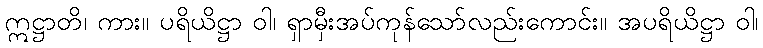
ဣဋ္ဌာတိ၊ ကား။ ပရိယိဋ္ဌာ ဝါ၊ ရှာမှီးအပ်ကုန်သော်လည်းကောင်း။ အပရိယိဋ္ဌာ ဝါ၊